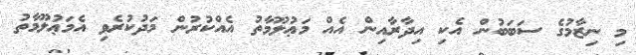
މި ނިޒާމުގެ ސަބަބުން އެކި އިދާރާއިން އެއް މަޢުލޫމާތު އެއްކުރުން މަދުކުރެވި އެމަޢުލޫމާތު